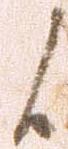
候